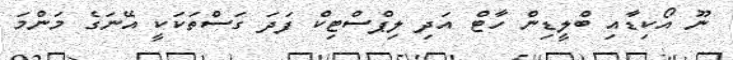
ނޫ އޯކިޑާއި ބްލީޑިން ހާޓް އަދި ލިޕްސްޓިކް ފަދަ ގަސްތަކަކީ އޭނަގެ މަންމަ